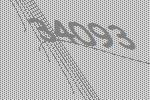
34093